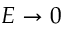
E \rightarrow 0